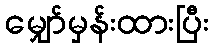
မျှော်မှန်းထားပြီး